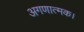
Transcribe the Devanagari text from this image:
अगणात्मक।